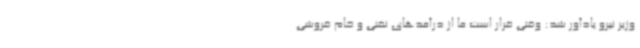
وزیر نیرو یادآور شد: وقتی قرار است ما از درآمدهای نفتی و خام فروشی